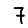
Digit: 7